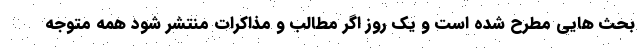
بحث هایی مطرح شده است و یک روز اگر مطالب و مذاکرات منتشر شود همه متوجه